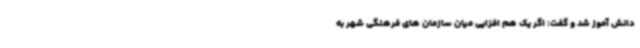
دانش آموز شد و گفت: اگر یک هم افزایی میان سازمان های فرهنگی شهر به